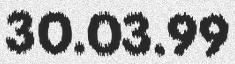
30.03.99